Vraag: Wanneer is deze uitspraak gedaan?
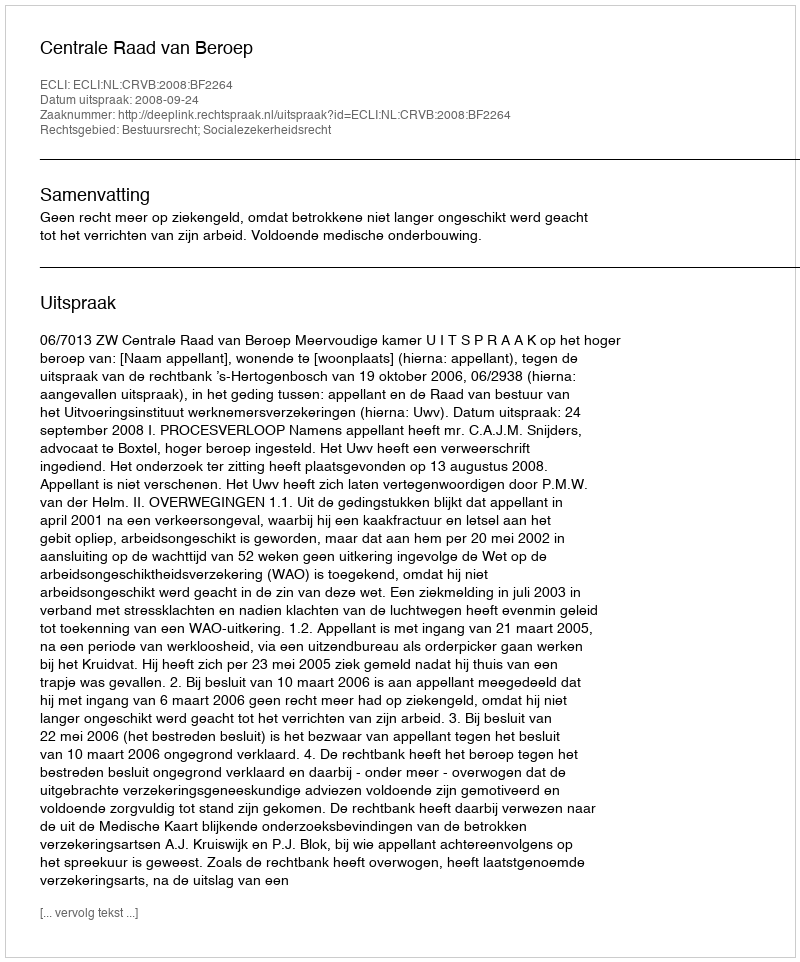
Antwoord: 2008-09-24